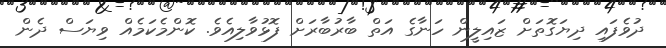
ދުވެފައި ދިޔަގޮތަށް ޒައިލީން ހަނާގެ އަތް ބާރުބާރަށް ފޮޅުވާލިއެވެ. ކޮންމެކަމެއް ވިޔަސް ދެން